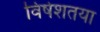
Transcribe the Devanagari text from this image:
विषेशतया